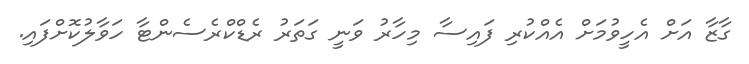
ގާޒާ އަށް އެހީވުމަށް އެއްކުރި ފައިސާ މިހާރު ވަނީ ގަތަރު ރެޑްކްރެސެންޓާ ހަވާލުކޮށްފައި.